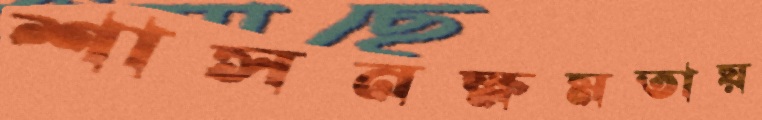
শাসনক্ষমতায়